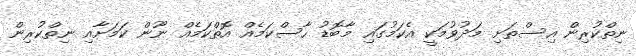
ނިތްކުރިން އިސްތަށި މަދުވުމަކީ އެކަމުގައި މާބޮޑު ހާސްކަމެއް އޮތްކަމެއް ނޫން ކަމަށާއި ނިތްކުރިން